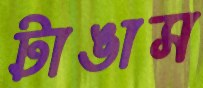
টাঙাস